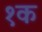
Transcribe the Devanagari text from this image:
१क